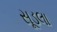
સૂડલા